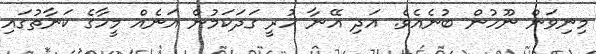
މިނިވަން ނޫހުން ބުނެއެވެ. އަދި އޭނާ ހުރީ ގަދަކަމުން އަނެއް މީހާގެ ކަނާތުގައި